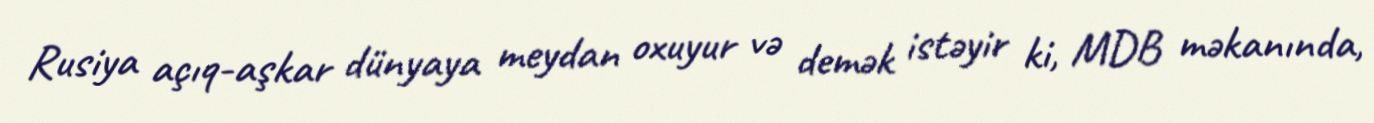
Rusiya açıq-aşkar dünyaya meydan oxuyur və demək istəyir ki, MDB məkanında,